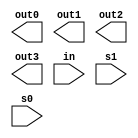
module f2_demultiplexer1_to_4 (out0, out1, out2, out3, in, s1, s0);
output out0, out1, out2, out3;
reg out0, out1, out2, out3;
input in;
input s1, s0;
reg [3:0] encoding;
reg [1:0] state;
   always @(encoding) begin
        case (encoding)
        4'bxx11: state = 1;
        4'bx0xx: state = 3;
        4'b11xx: state = 4;
        4'bx1xx: state = 2;
        4'bxx1x: state = 1;
        4'bxxx1: state = 0;
        default: state = 0;
        endcase
   end
   always @(encoding) begin
        case (encoding)
        4'b0000: state = 1;
        default: state = 0;
        endcase
   end
endmodule